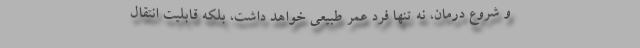
و شروع درمان، نه تنها فرد عمر طبیعی خواهد داشت، بلکه قابلیت انتقال